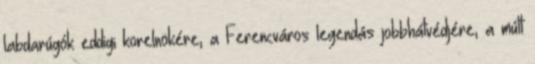
labdarúgók eddigi korelnökére, a Ferencváros legendás jobbhátvédjére, a múlt